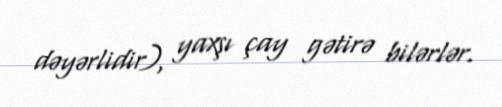
dəyərlidir), yaxşı çay gətirə bilərlər.